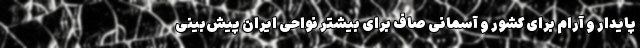
پایدار و آرام برای کشور و آسمانی صاف برای بیشتر نواحی ایران پیش‌بینی